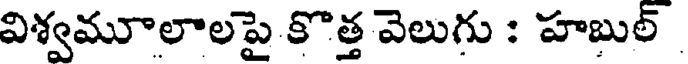
విశ్వమూలాలపై కొత్త వెలుగు : హబుల్